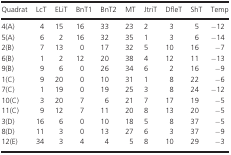
<table><thead><tr><td><b>Quadrat</b></td><td><b>LcT</b></td><td><b>ELiT</b></td><td><b>BnT1</b></td><td><b>BnT2</b></td><td><b>MT</b></td><td><b>JtriT</b></td><td><b>DfleT</b></td><td><b>ShT</b></td><td><b>Temp</b></td></tr></thead><tbody><tr><td>4(A)</td><td>4</td><td>15</td><td>16</td><td>33</td><td>23</td><td>2</td><td>3</td><td>5</td><td>−12</td></tr><tr><td>5(A)</td><td>6</td><td>2</td><td>16</td><td>32</td><td>35</td><td>1</td><td>3</td><td>6</td><td>−14</td></tr><tr><td>2(B)</td><td>7</td><td>13</td><td>0</td><td>17</td><td>32</td><td>5</td><td>10</td><td>16</td><td>−7</td></tr><tr><td>6(B)</td><td>1</td><td>2</td><td>12</td><td>20</td><td>38</td><td>4</td><td>12</td><td>11</td><td>−13</td></tr><tr><td>9(B)</td><td>9</td><td>6</td><td>0</td><td>26</td><td>34</td><td>6</td><td>2</td><td>16</td><td>−9</td></tr><tr><td>1(C)</td><td>9</td><td>20</td><td>0</td><td>10</td><td>31</td><td>1</td><td>8</td><td>22</td><td>−6</td></tr><tr><td>7(C)</td><td>1</td><td>19</td><td>0</td><td>19</td><td>25</td><td>3</td><td>8</td><td>24</td><td>−12</td></tr><tr><td>10(C)</td><td>3</td><td>20</td><td>7</td><td>6</td><td>21</td><td>7</td><td>17</td><td>19</td><td>−5</td></tr><tr><td>11(C)</td><td>9</td><td>12</td><td>7</td><td>11</td><td>20</td><td>8</td><td>13</td><td>20</td><td>−5</td></tr><tr><td>3(D)</td><td>16</td><td>6</td><td>0</td><td>10</td><td>18</td><td>5</td><td>8</td><td>37</td><td>−5</td></tr><tr><td>8(D)</td><td>11</td><td>3</td><td>0</td><td>13</td><td>27</td><td>6</td><td>3</td><td>37</td><td>−9</td></tr><tr><td>12(E)</td><td>34</td><td>3</td><td>4</td><td>4</td><td>5</td><td>8</td><td>10</td><td>29</td><td>−3</td></tr></tbody></table>